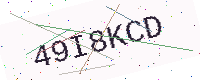
Text: 49I8KCD